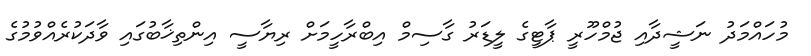
މުހައްމަދު ނަޝީދާއި ޖުމްހޫރީ ޕާޓީގެ ލީޑަރު ގާސިމް އިބްރާހީމަށް ރިޔާސީ އިންތިޚާބުގައި ވާދަކުރެއްވުމުގެ